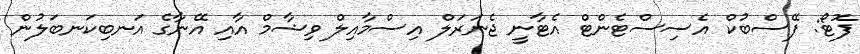
ފޮޓޯ: ފޭސްބުކް އެސިސްޓެންޓް އެޓާނީ ޖެނަރަލް އިސްމާއިލް ވިޝާމް އާއި އޭނާގެ އަނބިކަނބަލުން